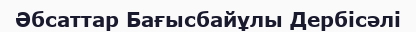
Әбсаттар Бағысбайұлы Дербісәлі